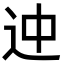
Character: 迚